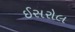
ઈસરોલ